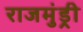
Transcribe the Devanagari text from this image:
राजमुंड्री